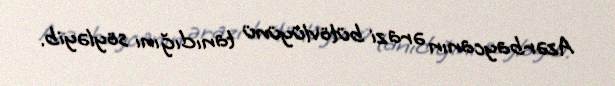
Azərbaycanın ərazi bütövlüyünü tanıdığını söyləyib.